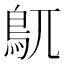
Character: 𮬦